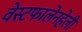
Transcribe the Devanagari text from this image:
वेस्टफालेनहेली